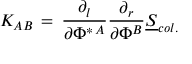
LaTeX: K _ { A B } \, = \, { \frac { \partial _ { l } } { \partial \Phi ^ { \ast \, A } } } { \frac { \partial _ { r } } { \partial \Phi ^ { B } } } { \underline { { S } } } _ { c o l . }